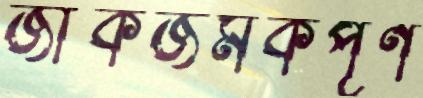
জাঁকজমকপূর্ণ